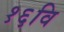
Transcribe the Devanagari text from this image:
१६वि